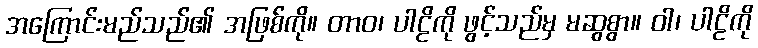
အကြောင်းမည်သည်၏ အဖြစ်ကို။ တာဝ၊ ပါဠိကို ဖွင့်သည်မှ မဆွစွာ။ ဝါ၊ ပါဠိကို